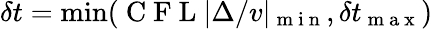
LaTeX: \delta t=\operatorname*{min}(\mathrm{~C~F~L~}|\Delta/v|_{\mathrm{~m~i~n~}},\delta t_{\mathrm{~m~a~x~}})